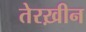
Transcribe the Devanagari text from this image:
तेरख़ीन